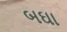
બઘા